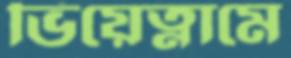
ভিয়েত্নামে